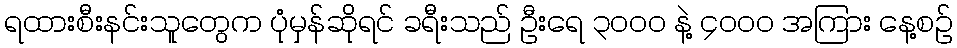
ရထားစီးနင်းသူတွေက ပုံမှန်ဆိုရင် ခရီးသည် ဦးရေ ၃၀၀၀ နဲ့ ၄၀၀၀ အကြား နေ့စဉ်